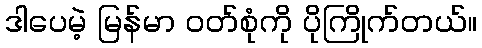
ဒါပေမဲ့ မြန်မာ ဝတ်စုံကို ပိုကြိုက်တယ်။